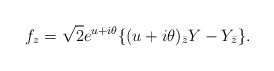
\begin{align*} f_z = \sqrt{2} e^{u + i \theta} \{ (u+i \theta)_{\bar{z}} Y - Y_{\bar{z}} \}.\end{align*}